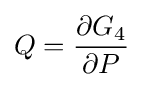
Q={\frac {\partial G_{4}}{\partial P}}